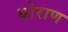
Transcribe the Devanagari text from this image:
थोराण